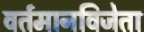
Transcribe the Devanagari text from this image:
वर्तमानविजेता